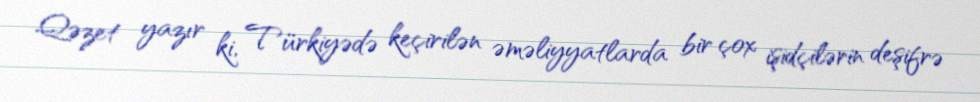
Qəzet yazır ki, Türkiyədə keçirilən əməliyyatlarda bir çox işidçilərin deşifrə